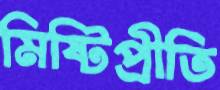
মিষ্টিপ্রীতি